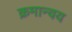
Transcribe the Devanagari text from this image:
क्रमान्वय